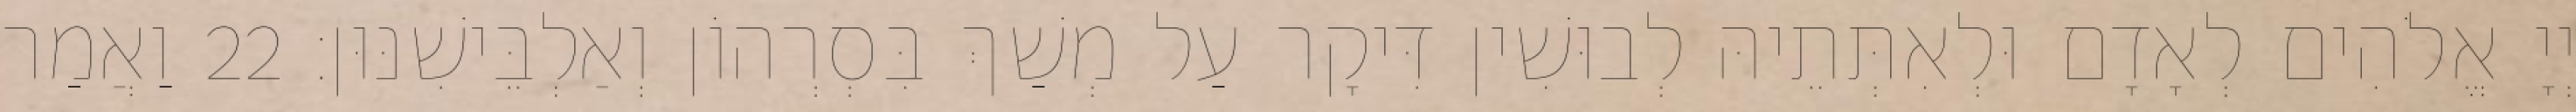
יְיָ אֱלֹהִים לְאָדָם וּלְאִתְּתֵיהּ לְבוּשִׁין דִּיקָר עַל מְשַׁךְ בִּסְרְהוֹן וְאַלְבֵּישִׁנּוּן׃ 22 וַאֲמַר